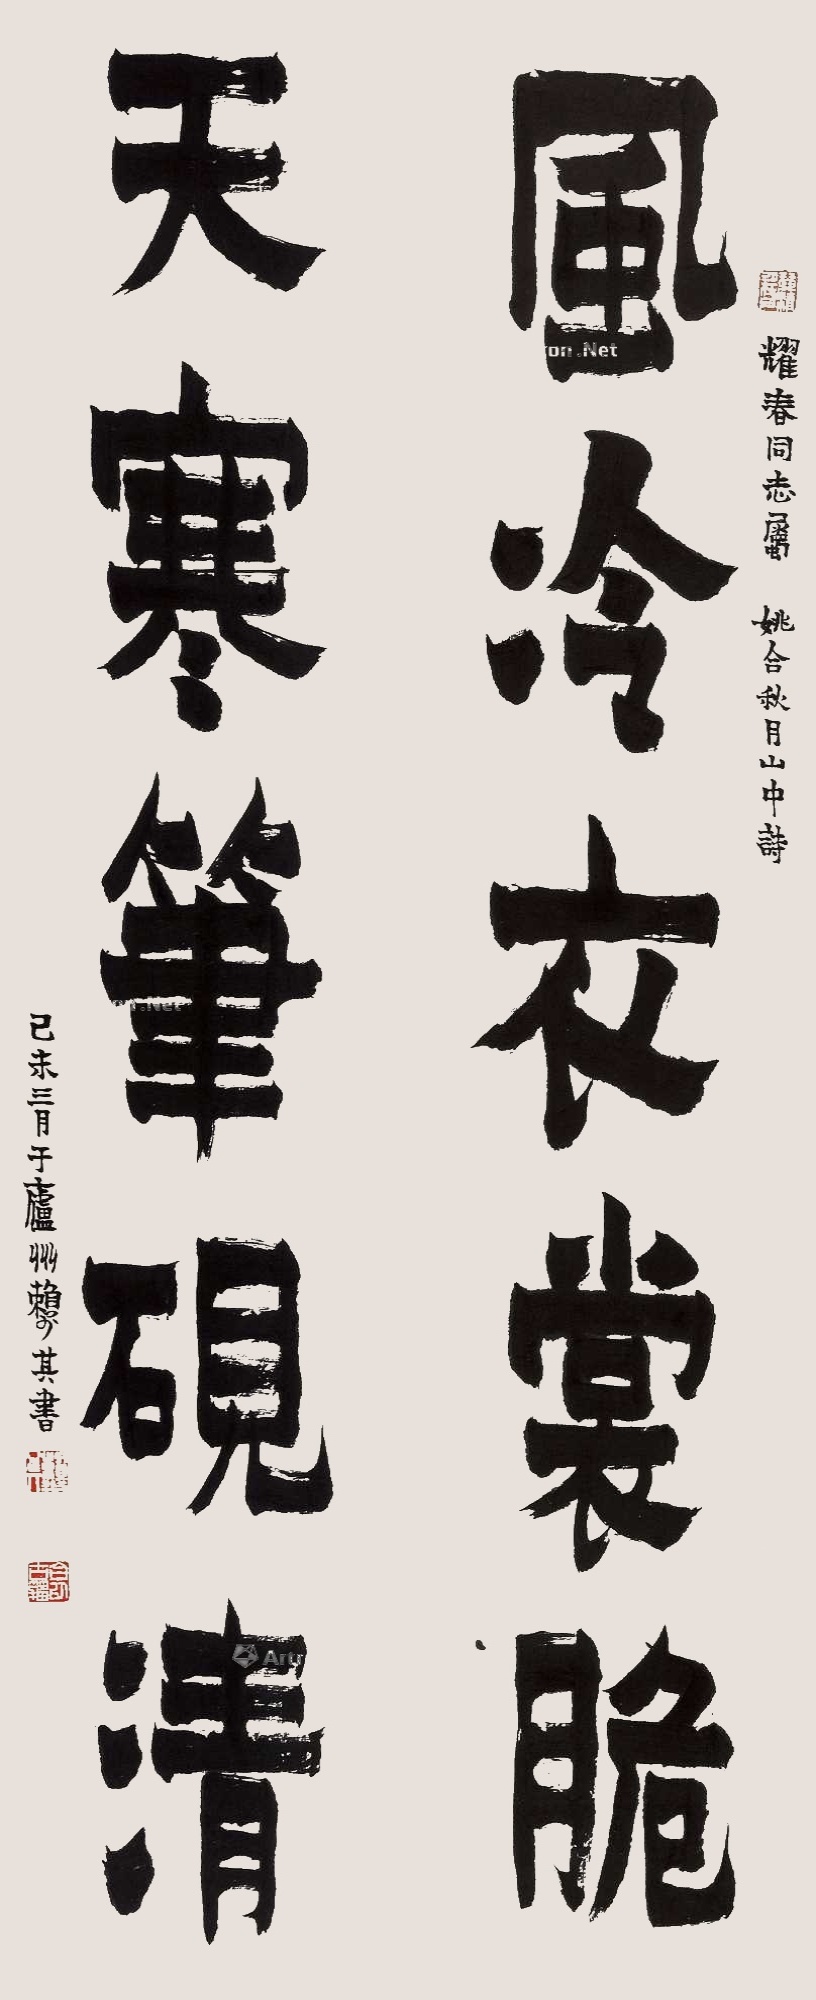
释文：风冷衣裳脆，天寒笔砚清。耀春同志属，姚合秋月山中诗。己未三月于庐州，赖少其书。